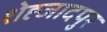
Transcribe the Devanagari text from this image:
शेह्जादपुर